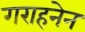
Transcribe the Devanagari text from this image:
गराहनेन